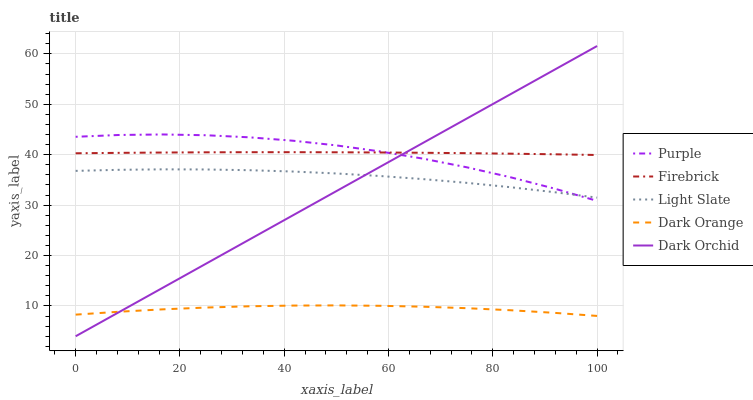
| xaxis_label | Purple | Firebrick | Light Slate | Dark Orange | Dark Orchid |
 | --- | --- | --- | --- | --- | --- |
 | 0 | 43.6 | 40.3 | 36.8 | 8.29 | 4 |
 | 8.33 | 43.9 | 40.4 | 37 | 8.86 | 8.8 |
 | 16.7 | 44 | 40.4 | 37.1 | 9.33 | 13.6 |
 | 25 | 43.9 | 40.5 | 37.1 | 9.69 | 18.4 |
 | 33.3 | 43.4 | 40.5 | 36.9 | 9.94 | 23.2 |
 | 41.7 | 42.8 | 40.5 | 36.7 | 10.1 | 28 |
 | 50 | 41.8 | 40.5 | 36.3 | 10.1 | 32.8 |
 | 58.3 | 40.7 | 40.4 | 35.8 | 10 | 37.6 |
 | 66.7 | 39.2 | 40.4 | 35.2 | 9.86 | 42.4 |
 | 75 | 37.5 | 40.3 | 34.4 | 9.56 | 47.2 |
 | 83.3 | 35.5 | 40.2 | 33.6 | 9.16 | 52 |
 | 91.7 | 33.3 | 40.1 | 32.6 | 8.65 | 56.8 |
 | 100 | 30.8 | 39.9 | 31.5 | 8.03 | 61.6 |